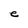
Character: e